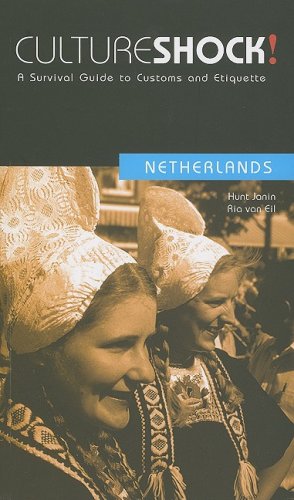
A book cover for Culture Shock! Netherlands: A Survival Guide to Customs and Etiquette (Culture Shock! A Survival Guide to Customs & Etiquette); Hunt Janin; Travel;